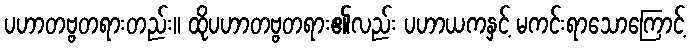
ပဟာတဗ္ဗတရားတည်း။ ထိုပဟာတဗ္ဗတရား၏လည်း ပဟာယကနှင့် မကင်းရာသောကြောင့်